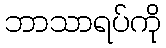
ဘာသာရပ်ကို